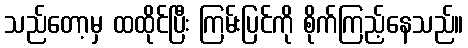
သည်တော့မှ ထထိုင်ပြီး ကြမ်းပြင်ကို စိုက်ကြည့်နေသည်။